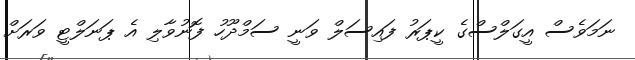
ނަމަވެސް އީގަލްސްގެ ކީޕަރު ފައިސަލް ވަނީ ސަމްދޫހު ފޮނުވާލި އެ ޕަނަލްޓީ ވަރަށް